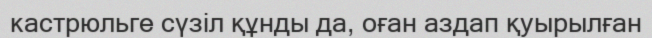
кастрюльге сүзіл құнды да, оған аздап қуырылған